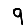
Digit: 9